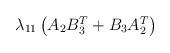
LaTeX: \begin{align*} \lambda_{11} \begin{pmatrix} A_2B_3^T+B_3A_2^T \end{pmatrix}\end{align*}